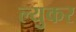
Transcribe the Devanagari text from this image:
ल्युकर